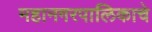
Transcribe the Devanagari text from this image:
महानगरपालिकाचे